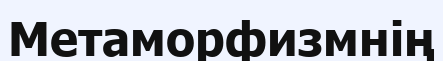
Метаморфизмнің